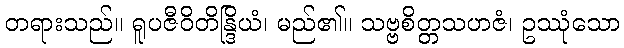
တရားသည်။ ရူပဇီဝိတိန္ဒြိယံ၊ မည်၏။ သဗ္ဗစိတ္တသဟဇံ၊ ဥဿုံသော